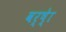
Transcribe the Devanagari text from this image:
वर्ष्‍ेा